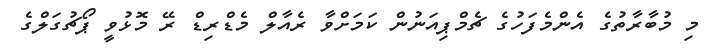
މި މުބާރާތުގެ އެންމެފަހުގެ ޗެމްޕިއަނުން ކަމަށްވާ ރެއާލް މެޑްރިޑް ރޭ މޮޅުވީ ޕޯޗުގަލްގެ